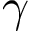
\gamma